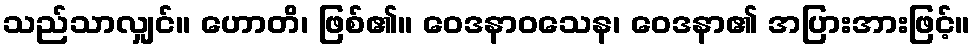
သည်သာလျှင်။ ဟောတိ၊ ဖြစ်၏။ ဝေဒနာဝသေန၊ ဝေဒနာ၏ အပြားအားဖြင့်။